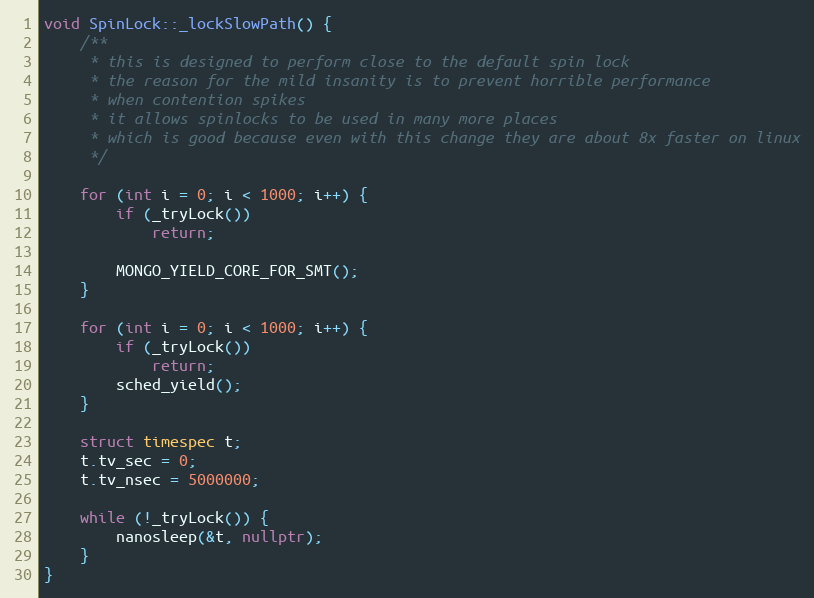
Language: C++
void SpinLock::_lockSlowPath() {
    /**
     * this is designed to perform close to the default spin lock
     * the reason for the mild insanity is to prevent horrible performance
     * when contention spikes
     * it allows spinlocks to be used in many more places
     * which is good because even with this change they are about 8x faster on linux
     */

    for (int i = 0; i < 1000; i++) {
        if (_tryLock())
            return;

        MONGO_YIELD_CORE_FOR_SMT();
    }

    for (int i = 0; i < 1000; i++) {
        if (_tryLock())
            return;
        sched_yield();
    }

    struct timespec t;
    t.tv_sec = 0;
    t.tv_nsec = 5000000;

    while (!_tryLock()) {
        nanosleep(&t, nullptr);
    }
}